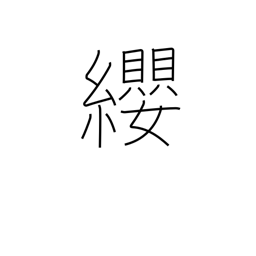
Meaning: breast harness